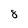
Character: 8